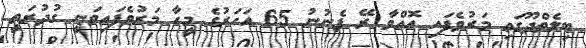
ބިލެތްދޫގައި މަރުވެފައި އޮއްވާ ރޭ ފެނުނު 65 އަހަރުގެ މީހާ މަރުވެފައިވަނީ ގުދުރަތީ